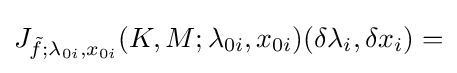
J_{{\tilde {f}};\lambda _{0i},x_{0i}}(K,M;\lambda _{0i},x_{0i})(\delta \lambda _{i},\delta x_{i})=